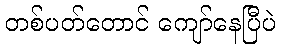
တစ်ပတ်တောင် ကျော်နေပြီပဲ